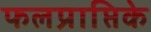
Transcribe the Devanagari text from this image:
फलप्राप्तिके